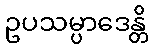
ဥပသမ္ပာဒေန္တိ